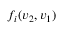
f _ { i } ( v _ { 2 } , v _ { 1 } )